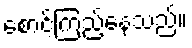
စောင့်ကြည့်နေသည်။